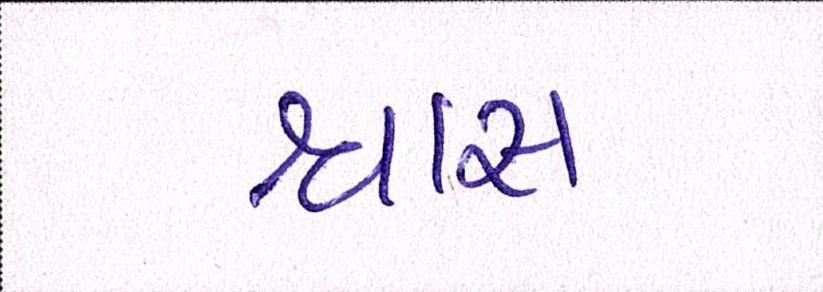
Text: શ્ર્વાસ